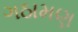
ગઠામણ